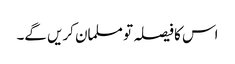
اس کا فیصلہ تو مسلمان کریں گے۔